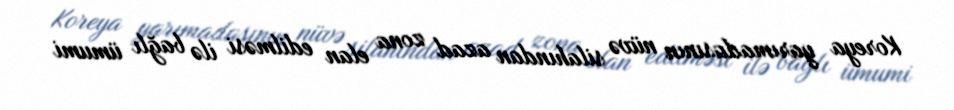
Koreya yarımadasının nüvə silahından azad zona elan edilməsi ilə bağlı ümumi